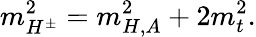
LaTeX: m_{H^{\pm}}^{2}=m_{H,A}^{2}+2m_{t}^{2}.